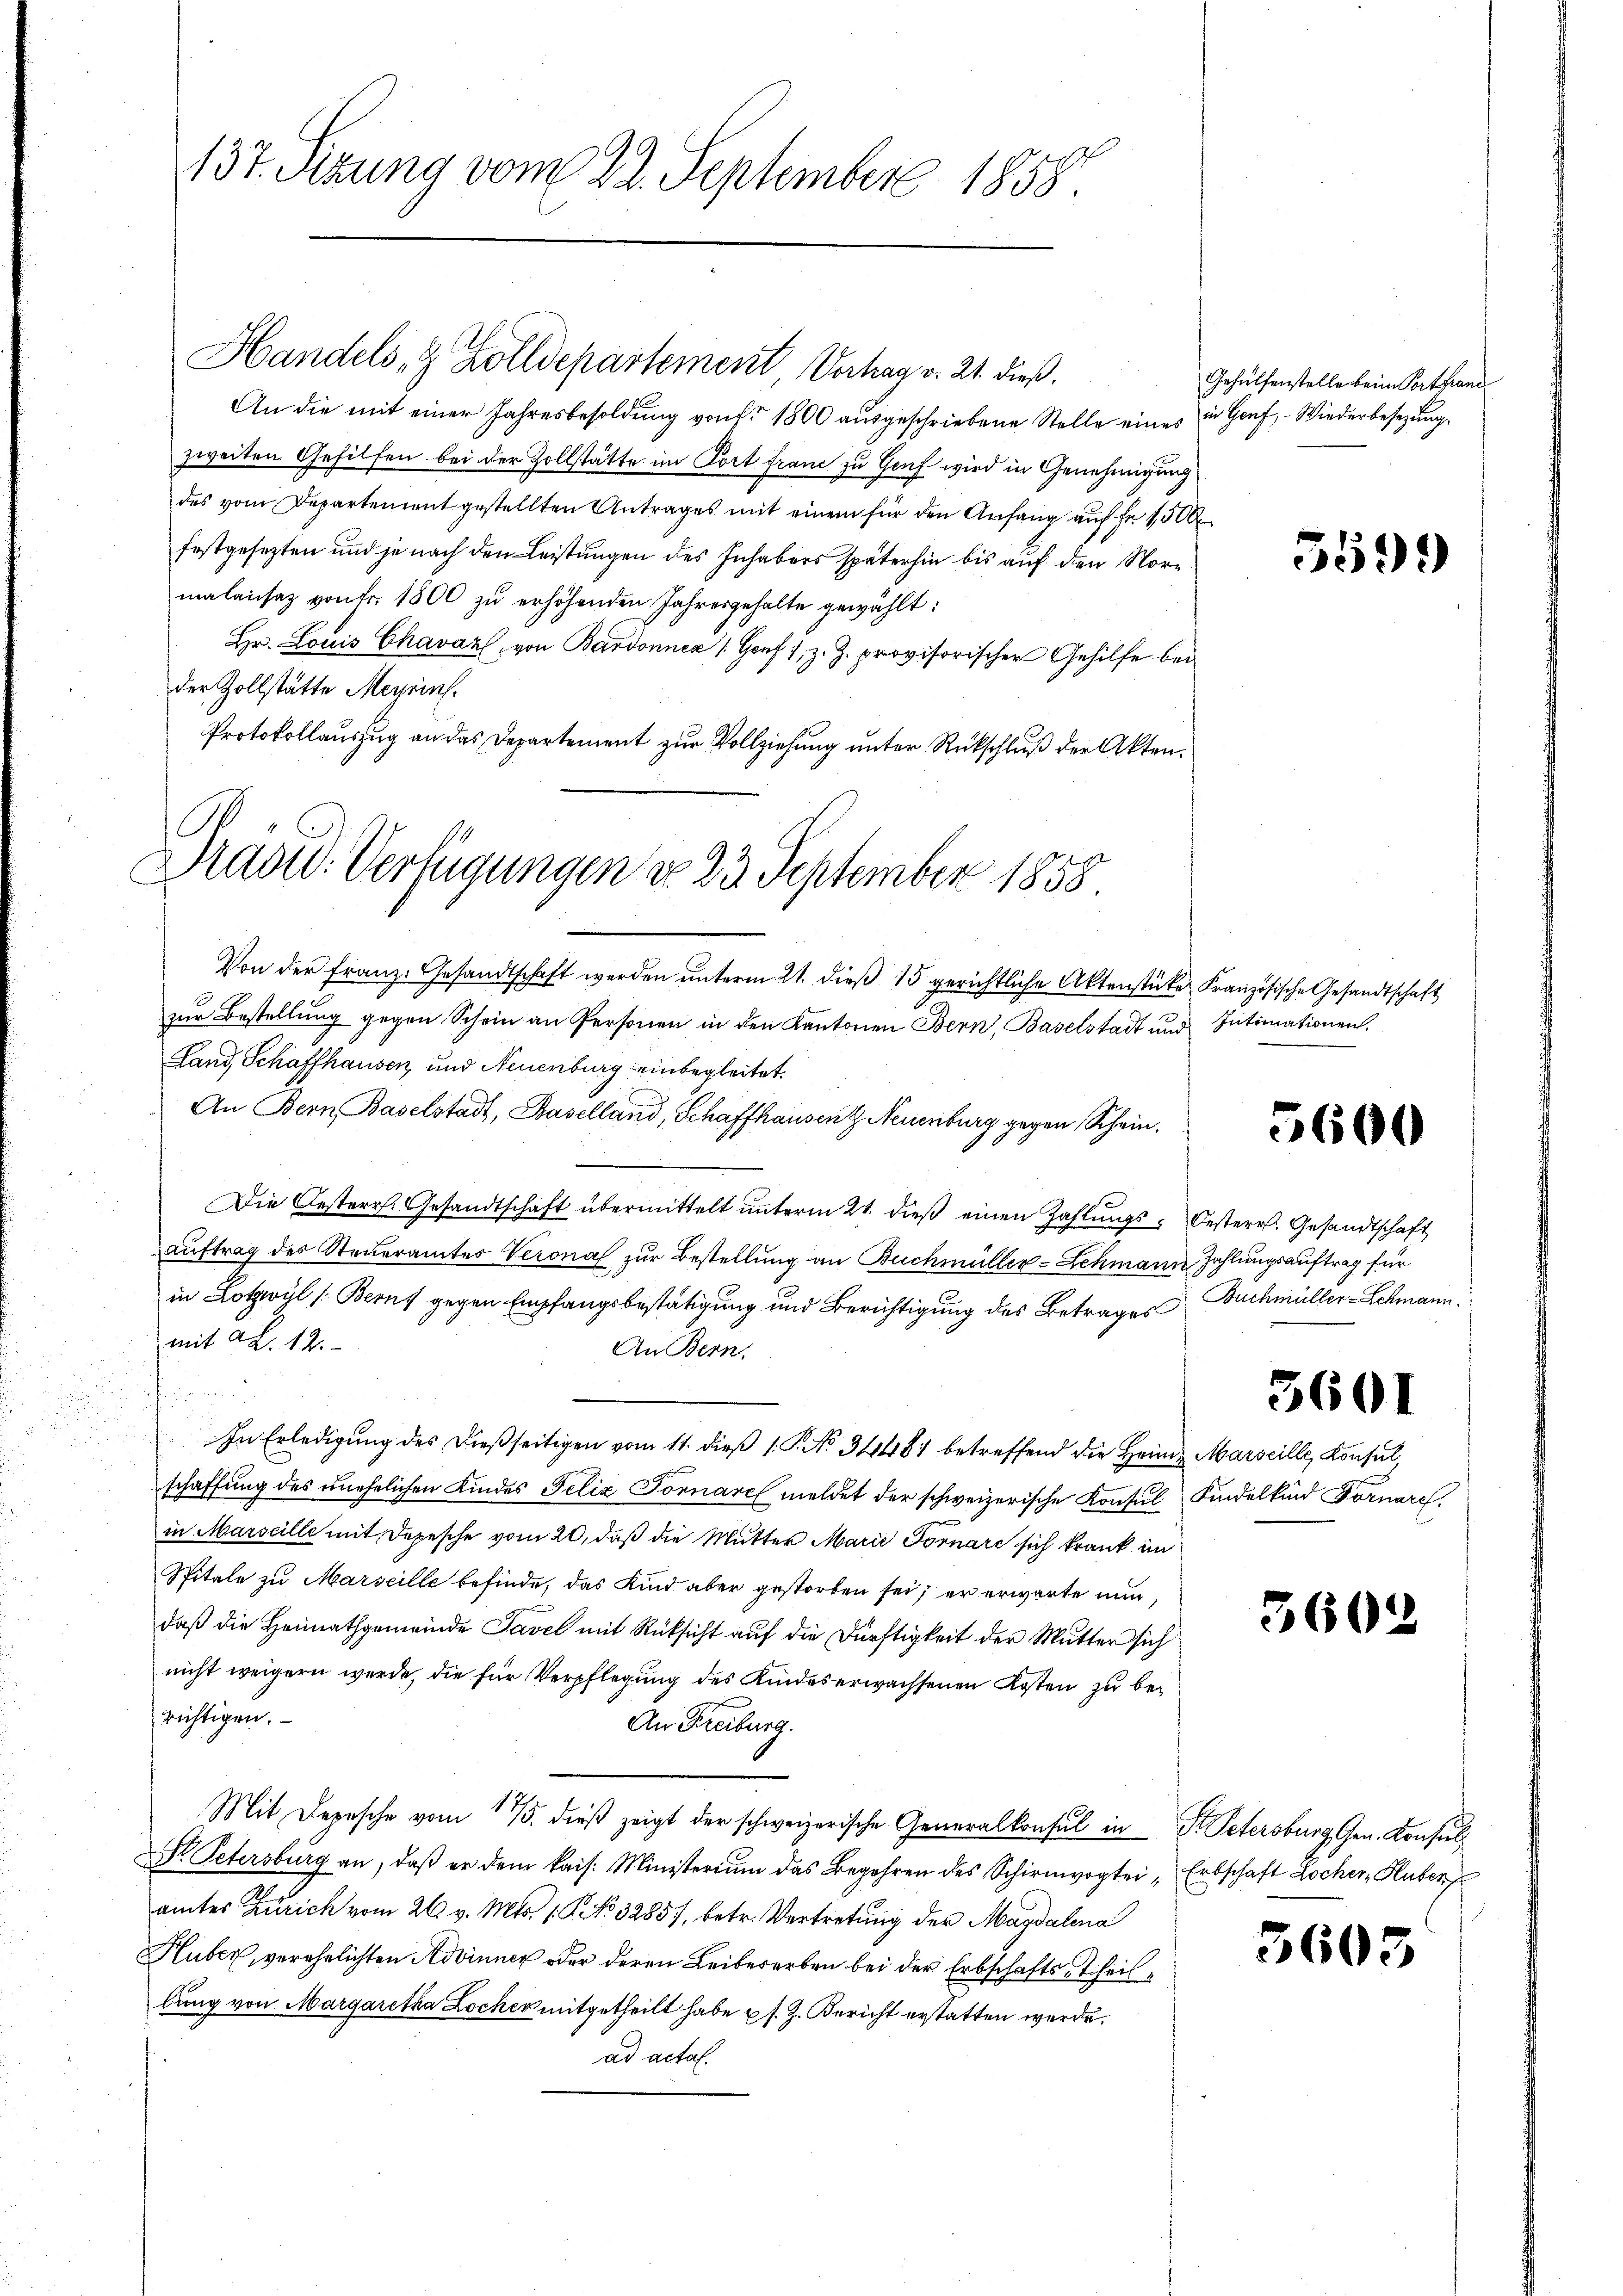
137. Sizung vom 22. September 1858.

Handels- & Zolldepartement, Verhag v. 21. dieß.
An die mit einer Jahresbesoldung von fr. 1800 aŭsgeschriebene Stelle eines in Genf, Wiederbesezung.
zweiten Gehilfen bei der Zollstätte im Port franz zu Genf wird in Genehmigung
des vom Departement gestellten Antrages mit einem für den Anfang auf de 1500
festgesezten und je nach den Leistungen des Inhabers späterhin bis auf den Normalaisaz von Fr. 1800 zŭ erhöhenden Jahresgehalte gewählt:
Hr. Louis Chavaz, von Bardonnen (Genf 1, z. Z. provisorischer Gehilfe bei
der Zollstätte Meyrins.
Protokollauszug an das Departement zur Vollziehung unter Rückschluß der Akten.
Von der franz. Gesandtschaft werden ŭnterm 21. dieß 15 gerichtliche Aktenstücke Französische Gesandtschaft
zur Bestellung gegen Schein an Personen in den Kantonen Bern, Baselstadt und Intimationen.
Land Schaffhausen, und Neuenburg einbegleitet.
An Bern Baselstadt, Baselland, Schaffhausen & Neuenburg gegen Schein.
Die Oesterr. Gesandtschaft übermittelt ŭnterm 21. dieß einen Zahlungs-Oesterr. Gesandtschaft
auftrag des Steueramtes Verona zur Bestellung an Buchmüller-Lehmann Zahlungsauftrag für
in Lotzwyl (Berns gegen Empfangsbestätigung und Berichtigung des Betrages Buchmüller-Schmann.
mit 22. 12.
An Bern,
f
In Erledigŭng des dieβseitigen vom 11. dieβ 1. P. No. 34481 betreffend die Heim Marseille Konsul,
schaffung des unehelichen Kindes Felix Tornare meldet der schweizerische Konsul Kindelkind Fornare,
in Marseille mit Depesche vom 20. daß die Mutter Marie Fornare sich krank im
Spitale zu Marseille befinde, das Kind aber gestorben sei; er erwarte nun,
daß die Heimathgemeinde Tavel mit Rücksicht auf die Dürftigkeit der Mutter sich
nicht weigern werde, die für Verpflegung des Kindes erwachsenen Kosten zu berichtigen.
An Freiburg.
Mit Depesche vom 175. dieß zeigt der schweizerische Generalkonsul in Fr. Petersburg Gen. Konsul¬
 Petersburg an, daβ er dem kais. Ministerium das Begehren des Schirmvogtei Erbschaft Locher Huber
amtes Zürich vom 26. v. Mts. 1. No 32857, betr. Vertretung der Magdalena
Huber, verehelichten Advinner oder deren Leibeserben bei der Erbschaftstheillung von Margaretha Locher mitgetheilt habe u s. Z. Bericht erstatten werde.
ad actal.

Drade. Verfügungen do 23. September 1858

Gehülfenstelle beim Vorthane

5600

5601

360

3605

5599